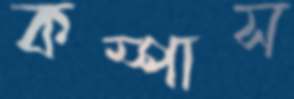
কম্পাস